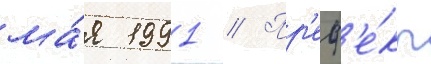
ма́я 1991 // Пр'еф'е́кт